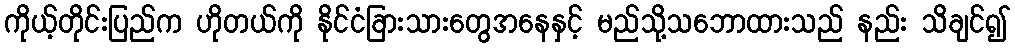
ကိုယ့်တိုင်းပြည်က ဟိုတယ်ကို နိုင်ငံခြားသားတွေအနေနှင့် မည်သို့သဘောထားသည် နည်း သိချင်၍